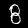
Label: 8